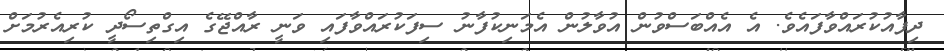
ދިފާއުކުރައްވާފައެވެ. އެ އެއްބަސްވުން އުވާލުން އެމަނިކުފާނު ސިފަކުރައްވާފައި ވަނީ ރާއްޖޭގެ އިގްތިސޯދީ ކުރިއެރުމަށް